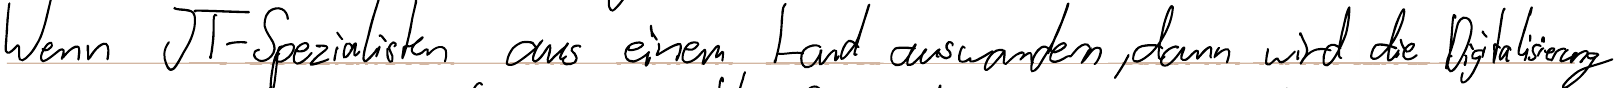
Wenn IT-Spezialisten aus einem Land auswandern, dann wird die Digitalisierung